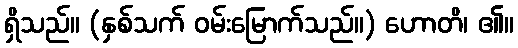
ရှိသည်။ (နှစ်သက် ဝမ်းမြောက်သည်။) ဟောတိ၊ ၏။